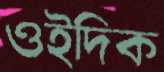
ওইদিক